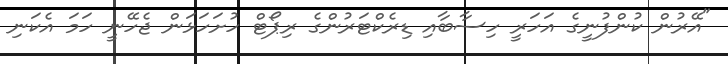
"އޭރުން ކުންފުނީގެ އަހަރީ ހިސާބާއި ޑިރެކްޓަރުންގެ ރިޕޯޓް ހުށަހަޅަން ޖެހޭނީ ހަމަ އެކަނި